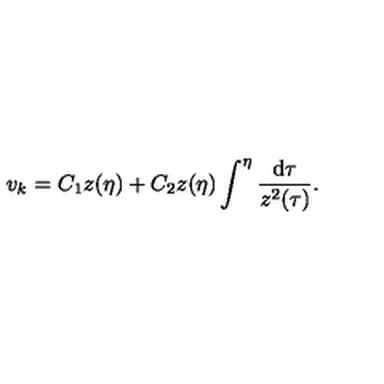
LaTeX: v _ { k } = C _ { 1 } z ( \eta ) + C _ { 2 } z ( \eta ) \int ^ { \eta } \frac { \mathrm { d } \tau } { z ^ { 2 } ( \tau ) } .